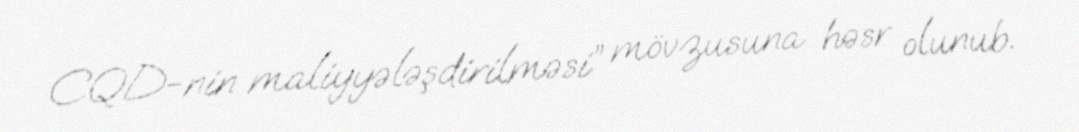
CQD-nin maliyyələşdirilməsi” mövzusuna həsr olunub.